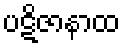
ပဋိဇာနာထ